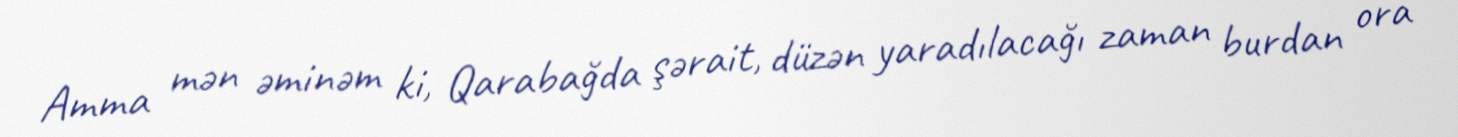
Amma mən əminəm ki, Qarabağda şərait, düzən yaradılacağı zaman burdan ora